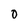
Character: 0